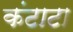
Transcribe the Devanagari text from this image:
कंटाटा